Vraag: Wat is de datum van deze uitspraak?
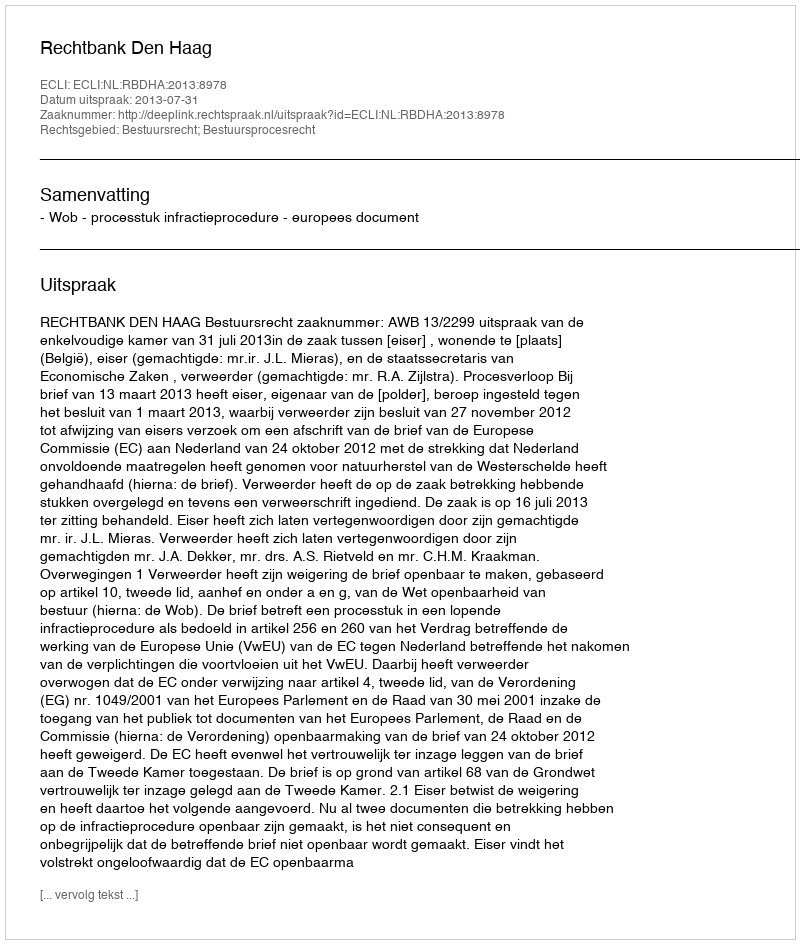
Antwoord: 2013-07-31